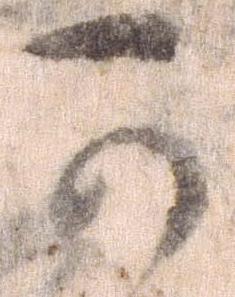
可